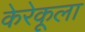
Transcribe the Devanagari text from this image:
केरेकूला